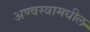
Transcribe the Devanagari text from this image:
अण्वस्त्रामधील